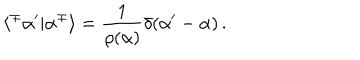
\langle ^ { \mp } \alpha ^ { \prime } | \alpha ^ { \mp } \rangle = \frac { 1 } { \rho ( \alpha ) } \delta ( \alpha ^ { \prime } - \alpha ) \, .